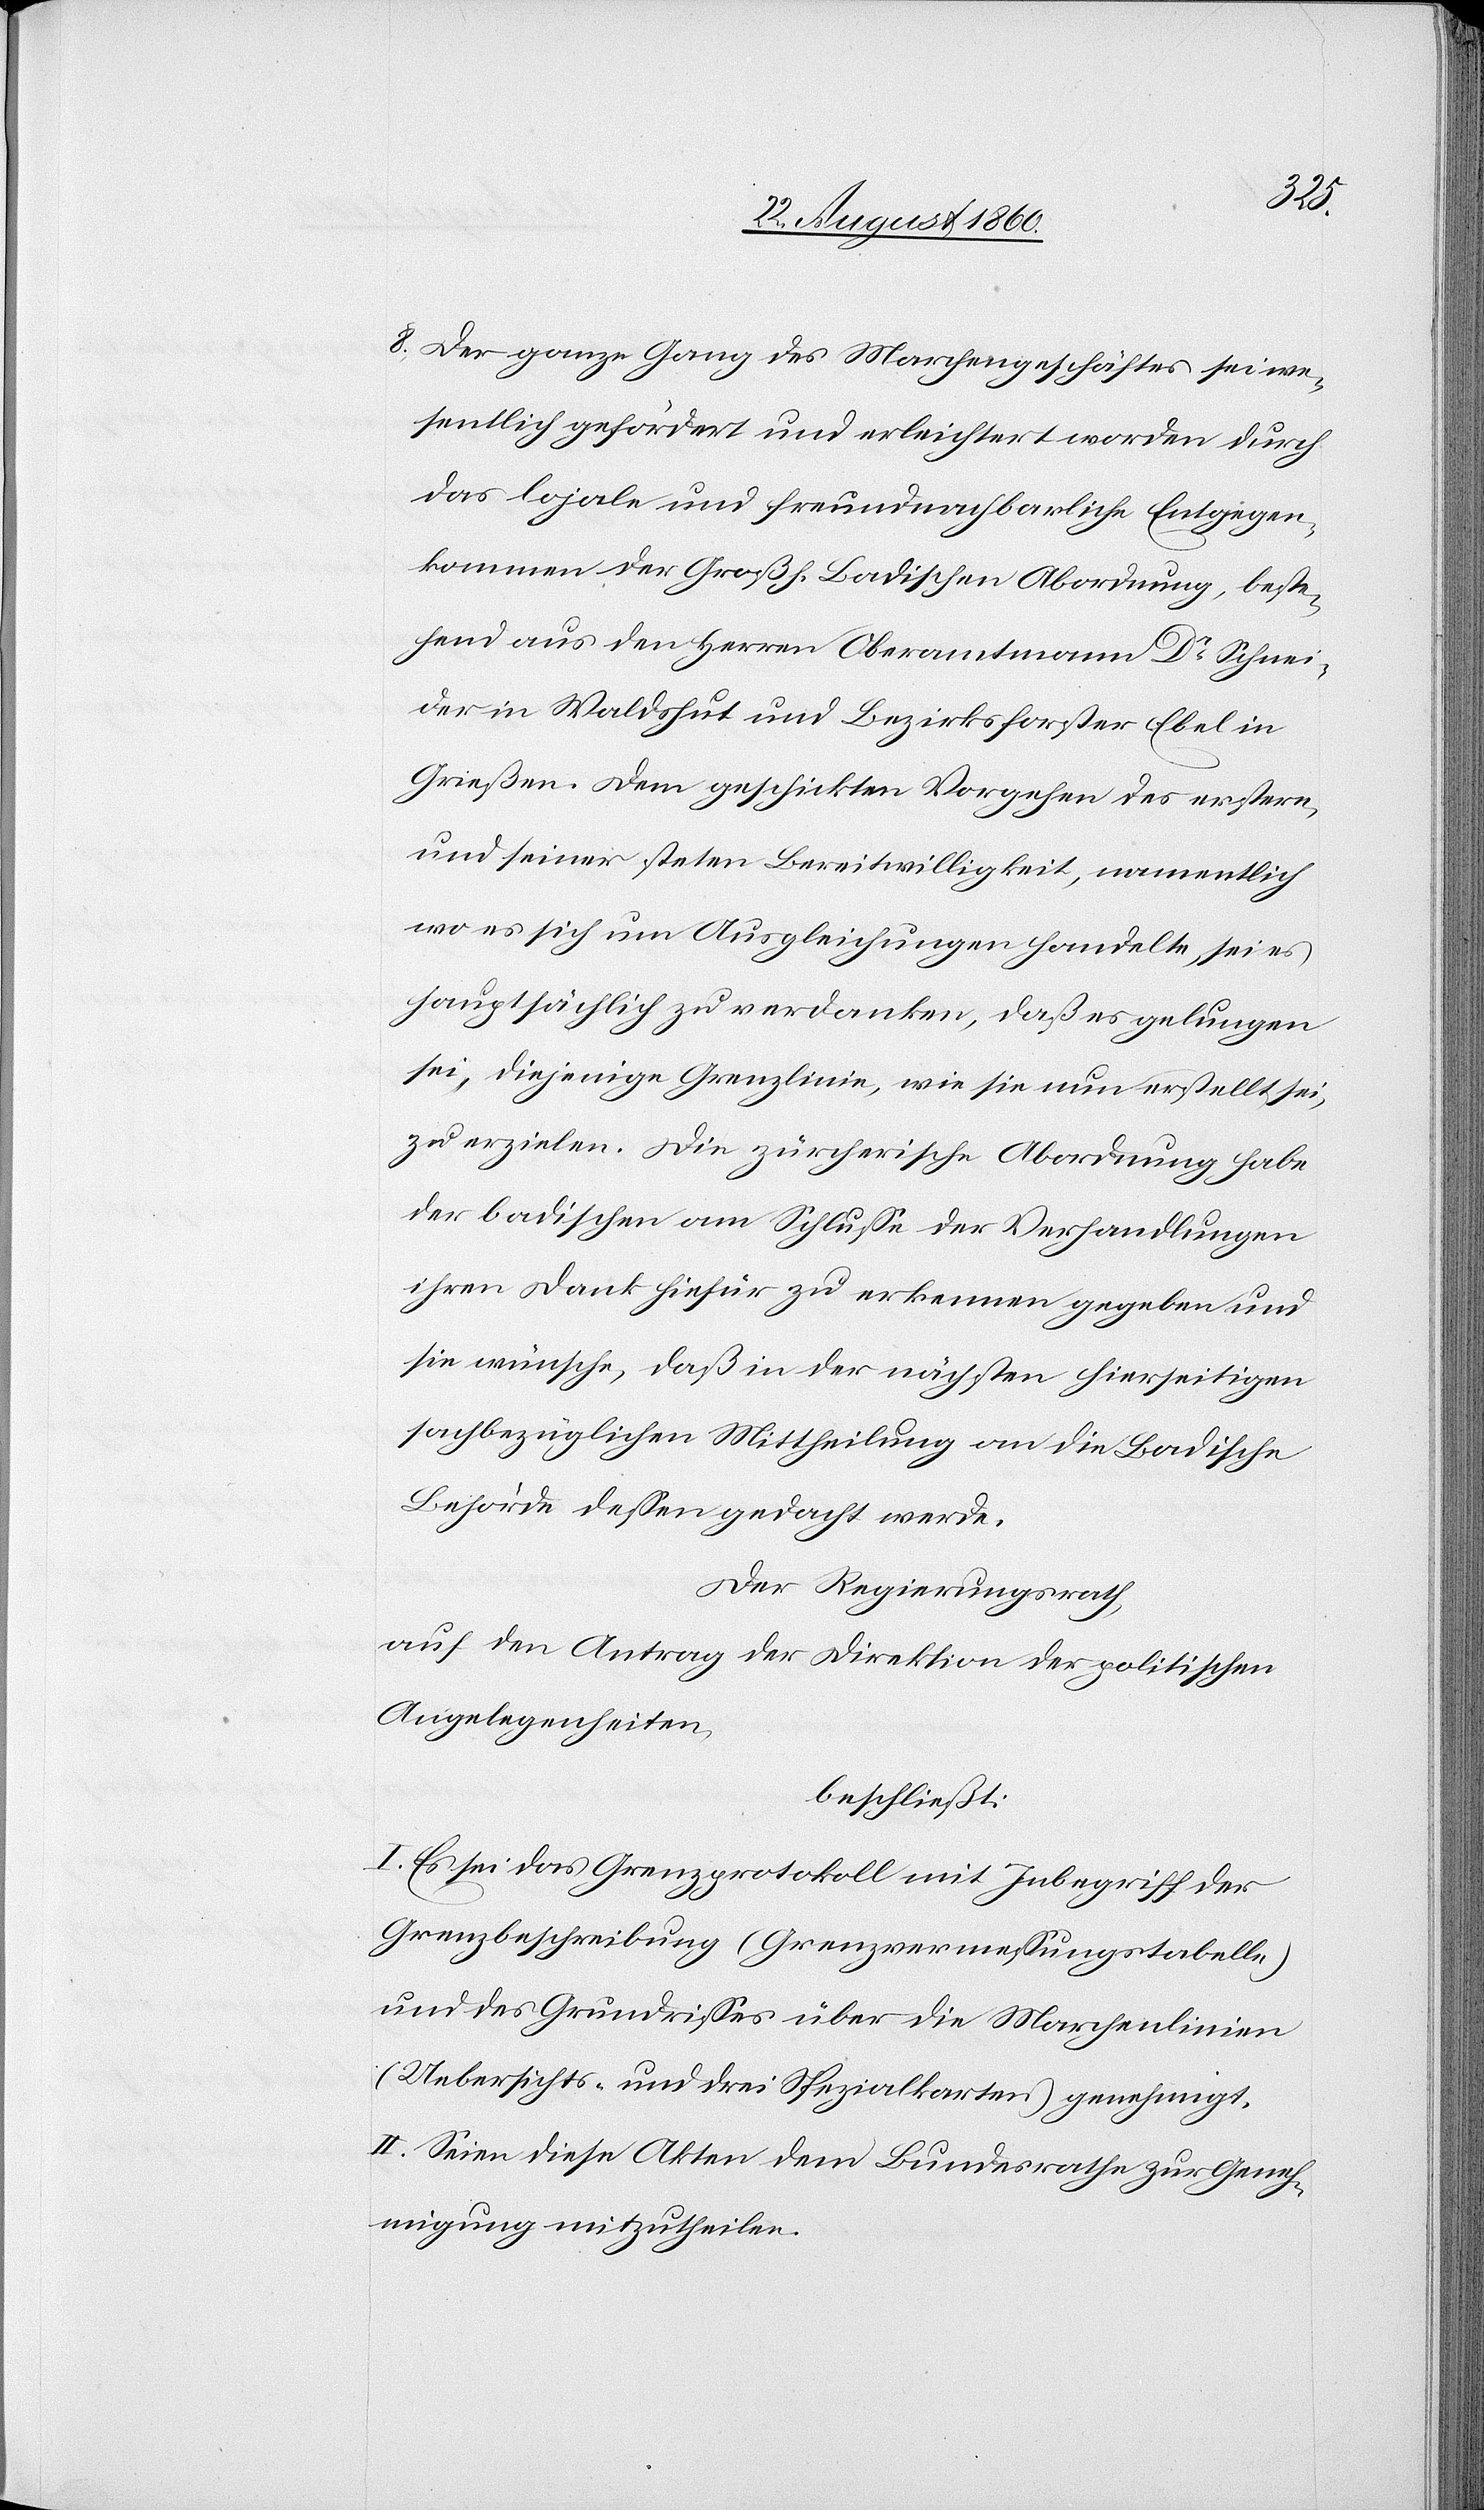
8) Der ganze Gang des Marchengeschäftes sei we¬
sentlich gefördert und erleichtert worden durch
das lojale u. freundnachbarliche Entgegen¬
kommen der Grossh. Badischen Abordnung, beste¬
hend aus den Herren Oberamtann Dr Schnei¬
der in Waldshut und Bezirksforsten Ebel in
Griessen. Dem geschickten Vorgehen des erstern,
und seiner steten Bereitwilligkeit namentlich,
wo es sich um Ausgleichungen handelte, sei es
hauptsächlich zu verdanken, dass es gelungen
sei, diejenige Grenzlinie, wie sie nun erstellt sei,
zu erzielen. Die Zürcherische Abordnung habe
der badischen am Schlusse der Verhandlungen
ihren Dank hiefür zu erkennen gegeben und
sie wünsche, dass in der nächsten hierseitigen
sachbezüglichen Mittheilung an die Badische
Behörde dessen gedacht werde.
Der Regierungsrath,
auf den Antrag der Direktion der politischen
Angelegenheiten,
beschliesst:
I. Es sei das Grenzprotokoll mit Inbegriff der
Grenzbeschreibung (Grenzvermessungstabelle)
und des Grundrisses über die Marchenlinie
(Uebersichts- u. 3 Spezialkarten) genehmigt.
II. Seien diese Akten dem Bundesrathe zur Geneh¬
migung mitzutheilen.